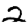
Digit: 2